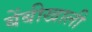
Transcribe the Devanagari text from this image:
बेंबीखाली